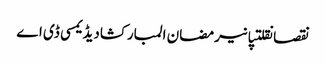
نقصانقلتپانیرمضان المبارکشادیڈیمسی ڈی اے